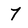
Character: 7